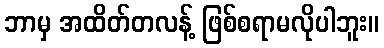
ဘာမှ အထိတ်တလန့် ဖြစ်စရာမလိုပါဘူး။